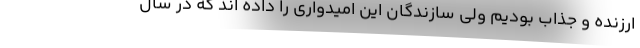
ارزنده و جذاب بودیم ولی سازندگان این امیدواری را داده اند که در سال